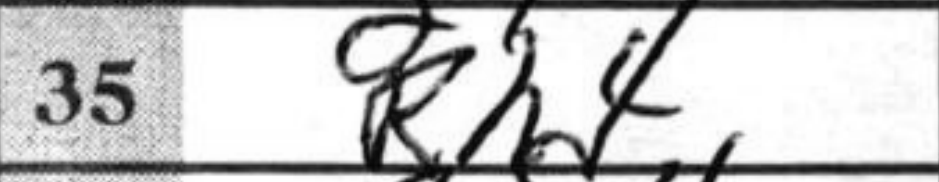
Transcription: Rh4